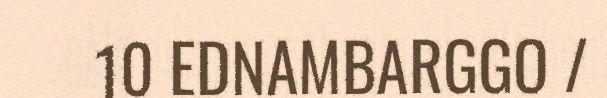
10 EDNAMBARGGO /